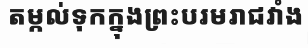
តម្កល់ទុកក្នុងព្រះបរមរាជវាំង